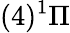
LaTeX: (4)^{1}\Pi